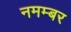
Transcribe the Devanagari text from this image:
नमम्बर